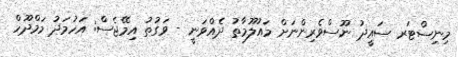
މިނިސްޓަރ ސައީދު ނޫސްވެރިންނަށް މައުލޫމާތު ދެއްވަނީ - ވަގުތު އިމޭޖެސް: އަހުމަދު މަމްދޫހް